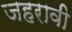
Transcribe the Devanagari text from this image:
जहरावी